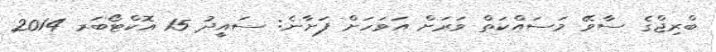
ބްރިޖްގެ ސާވޭ މަސައްކަތް ވަރަށް އަވަހަށް ފަށާނެ: ސައީދު 15 އޮކްޓޯބަރ 2014